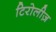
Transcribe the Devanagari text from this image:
टिरोलीज़